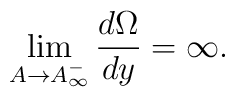
\lim_{A \rightarrow A_{\infty}^-} \frac{d \Omega}{dy}= \infty.